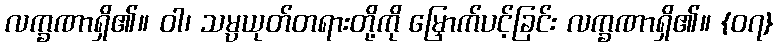
လက္ခဏာရှိ၏။ ဝါ၊ သမ္ပယုတ်တရားတို့ကို မြှောက်ပင့်ခြင်း လက္ခဏာရှိ၏။ {၀၇}